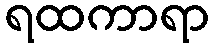
ရထကာရာ